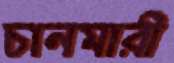
চানমারী